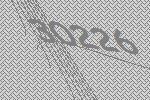
30226